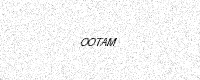
Text: OOTAM